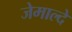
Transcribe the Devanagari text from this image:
जेमाल्दे